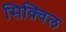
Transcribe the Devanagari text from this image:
सिक़्विल